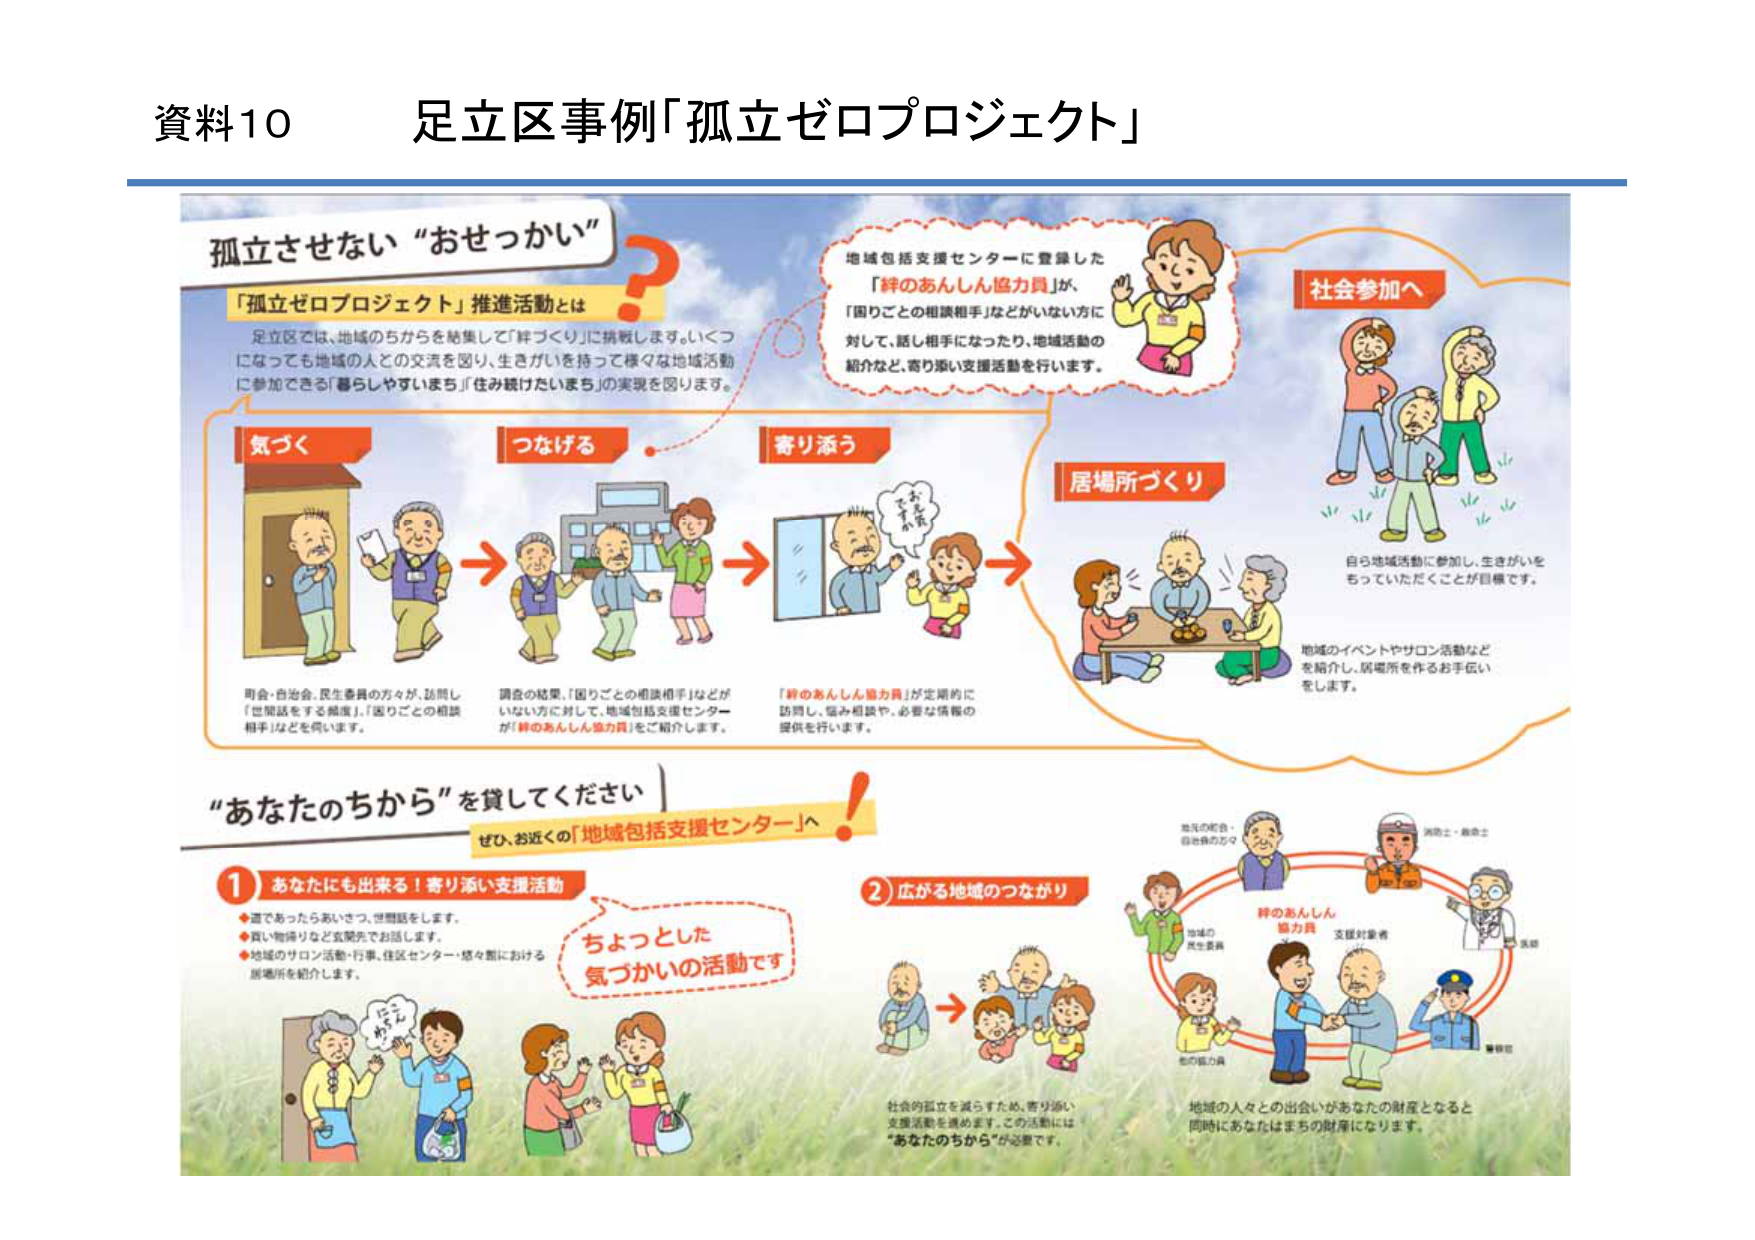
資料10 足立区事例「孤立ゼロプロジェクト」

孤立させない “おせっかい”

「孤立ゼロプロジェクト」推進活動とは
足立区では、地域のちからを結集して「絆づくり」に挑戦します。いくつになっても地域の人との交流を図り、生きがいを持って様々な地域活動に参加できる「暮らしやすいまち」「住み続けたいまち」の実現を図ります。

気づく
町会・自治会、民生委員の方々が、訪問し「世間話をする頻度」、「困りごとの相談相手」などを伺います。

つなげる
調査の結果、「困りごとの相談相手」などがいない方に対して、地域包括支援センターが「絆のあんしん協力員」をご紹介します。

寄り添う
「絆のあんしん協力員」が定期的に訪問し、悩み相談や、必要な情報の提供を行います。

居場所づくり
地域のイベントやサロン活動などを紹介し、居場所を作るお手伝いをします。
自ら地域活動に参加し、生きがいをもっていただくことが目標です。

社会参加へ

地域包括支援センターに登録した「絆のあんしん協力員」が、「困りごとの相談相手」などがいない方に対して、話し相手になったり、地域活動の紹介など、寄り添い支援活動を行います。

“あなたのちから”を貸してください
ぜひ、お近くの「地域包括支援センター」へ！

1 あなたにも出来る！寄り添い支援活動
◆道であったらあいさつ、世間話をします。
◆買い物帰りなど玄関先でお話しします。
◆地域のサロン活動・行事、住民センター・語々屋における居場所を紹介します。

ちょっとした気づかいの活動です

2 広がる地域のつながり
社会的孤立を減らすため、寄り添い支援活動を進めます。この活動には“あなたのちから”が必要です。
地域の人々との出会いがあなたの財産となると同時にあなたはまちの財産になります。

絆のあんしん協力員
地域の民生委員
地域の町会・自治会の方々
支援対象者
医師
消防士・救急士
警察官
他の協力員